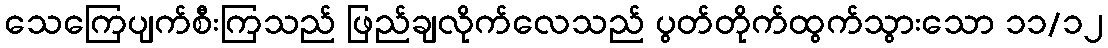
သေကြေပျက်စီးကြသည် ဖြည်ချလိုက်လေသည် ပွတ်တိုက်ထွက်သွားသော ၁၁/၁၂